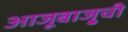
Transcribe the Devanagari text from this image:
आजूबाजू्ची